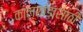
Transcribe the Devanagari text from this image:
कालखंडासाठी